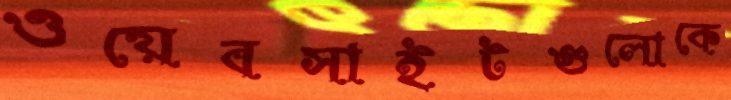
ওয়েবসাইটগুলোকে